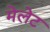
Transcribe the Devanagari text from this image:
मेलेट